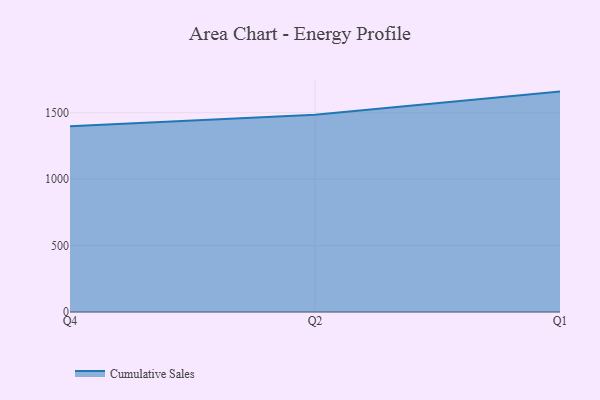
{"axis": {"x": "Quarter", "y": "Tickets Resolved"}, "legend": ["Cumulative Sales"], "data": [{"x": "Q4", "y": 1397.7, "type": "Cumulative Sales"}, {"x": "Q2", "y": 1485.6, "type": "Cumulative Sales"}, {"x": "Q1", "y": 1659.0, "type": "Cumulative Sales"}]}